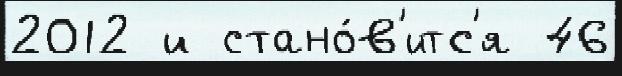
2012 и стано́в'итс'я 46